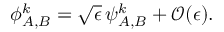
\begin{array} { r } { { \phi } _ { A , B } ^ { k } = \sqrt { \epsilon } \, { \psi } _ { A , B } ^ { k } + \mathcal { O } ( \mathcal { \epsilon } ) . } \end{array}